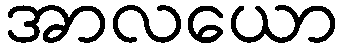
အာလယော